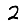
Digit: 2